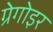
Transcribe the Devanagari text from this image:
ग्रेगोइर